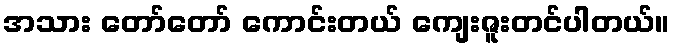
အသား တော်တော် ကောင်းတယ် ကျေးဇူးတင်ပါတယ်။